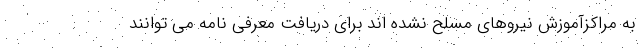
به مراکزآموزش نیروهای مسلح نشده اند برای دریافت معرفی نامه می توانند